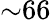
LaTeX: {\sim}66